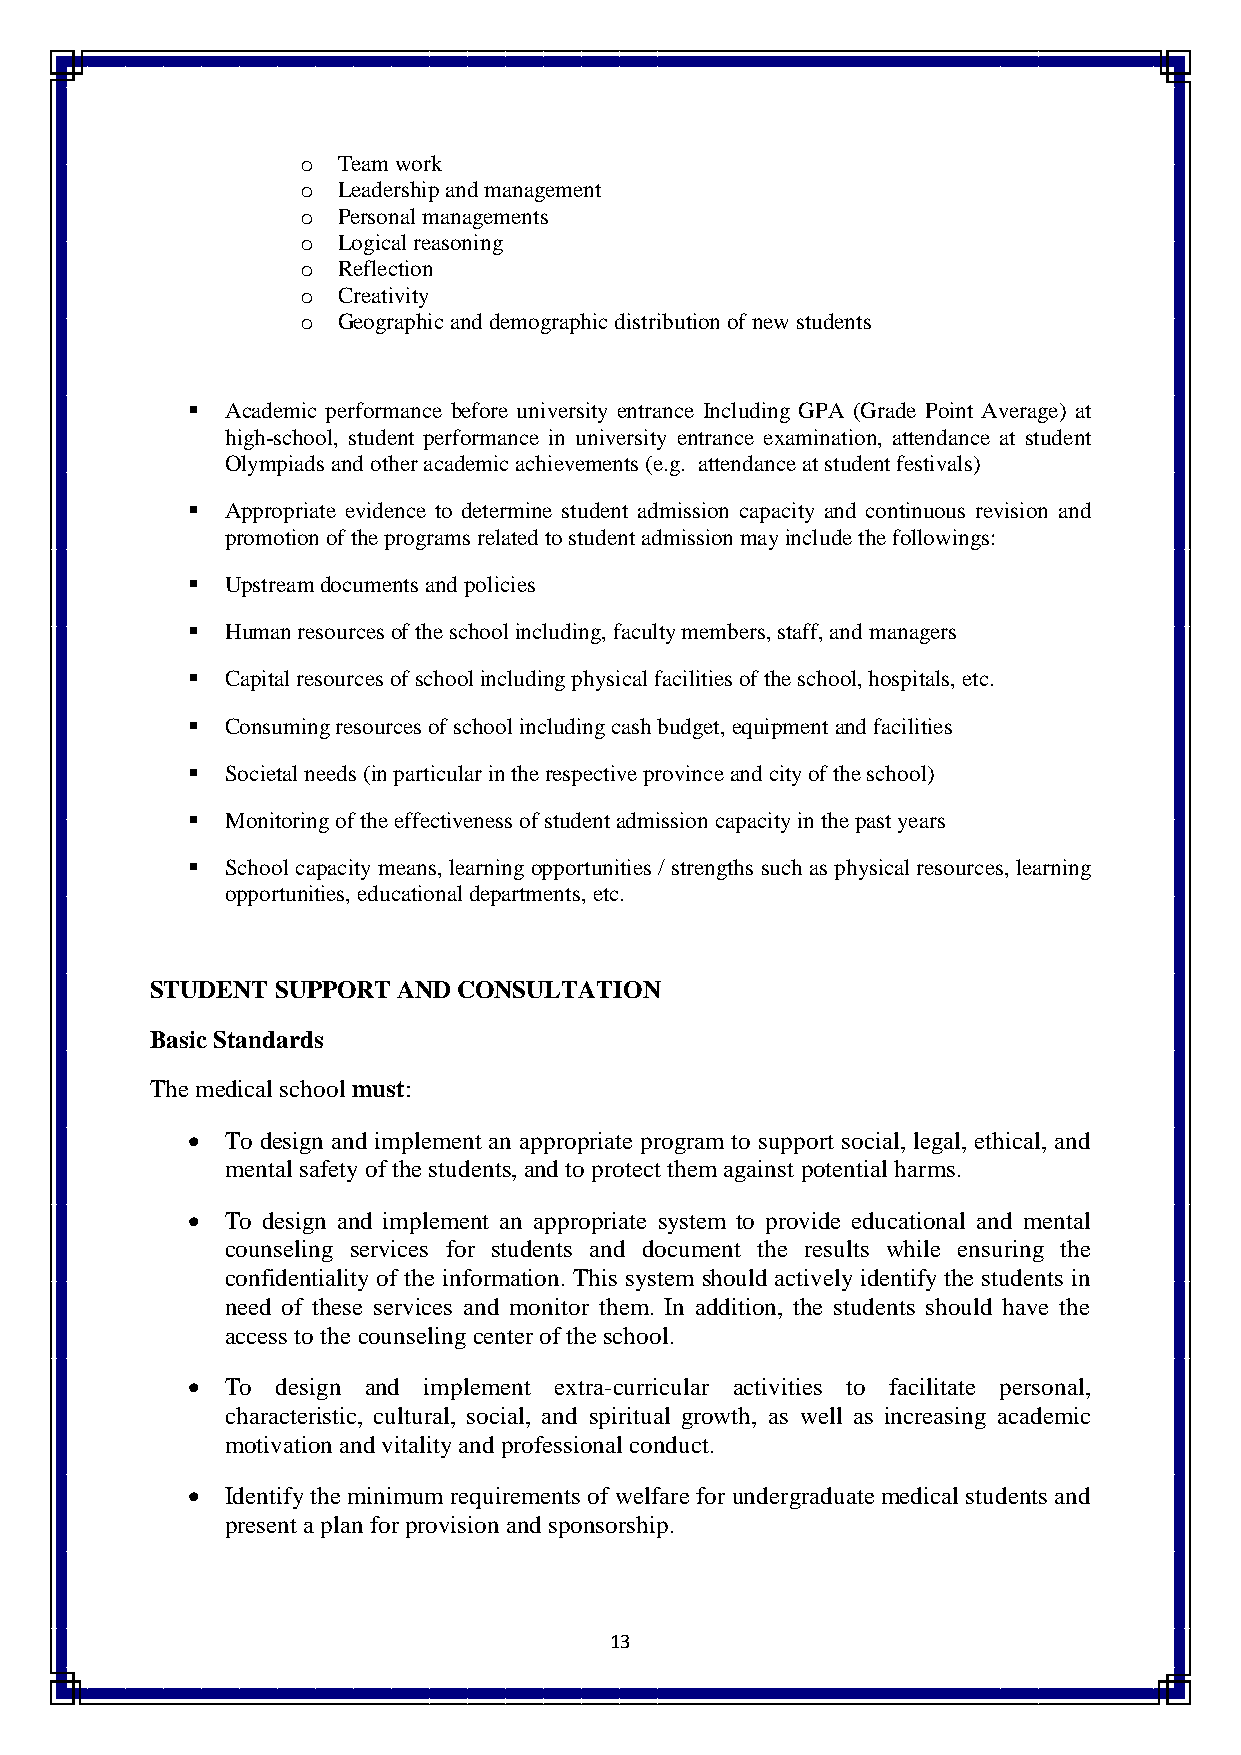
o Team work
 o Leadership and management
 o Personal managements
 o Logical reasoning
 o Reflection
 o Creativity
 o Geographic and demographic distribution of new students
   Academic performance before university entrance Including GPA (Grade Point Average) at
 high-school, student performance in university entrance examination, attendance at student
 Olympiads and other academic achievements (e.g. attendance at student festivals)
   Appropriate evidence to determine student admission capacity and continuous revision and
 promotion of the programs related to student admission may include the followings:
   Upstream documents and policies
   Human resources of the school including, faculty members, staff, and managers
   Capital resources of school including physical facilities of the school, hospitals, etc.
   Consuming resources of school including cash budget, equipment and facilities
   Societal needs (in particular in the respective province and city of the school)
   Monitoring of the effectiveness of student admission capacity in the past years
   School capacity means, learning opportunities / strengths such as physical resources, learning
 opportunities, educational departments, etc.
 STUDENT SUPPORT AND CONSULTATION
 Basic Standards
 The medical school must:
   To design and implement an appropriate program to support social, legal, ethical, and
 mental safety of the students, and to protect them against potential harms.
   To design and implement an appropriate system to provide educational and mental
 counseling services for students and document the results while ensuring the
 confidentiality of the information. This system should actively identify the students in
 need of these services and monitor them. In addition, the students should have the
 access to the counseling center of the school.
   To design and implement extra-curricular activities to facilitate personal,
 characteristic, cultural, social, and spiritual growth, as well as increasing academic
 motivation and vitality and professional conduct.
   Identify the minimum requirements of welfare for undergraduate medical students and
 present a plan for provision and sponsorship.
 13